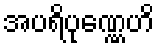
အပရိပုဏ္ဏေဟိ